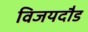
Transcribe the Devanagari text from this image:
विजयदौड